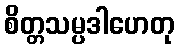
စိတ္တသမ္ပဒါဟေတု